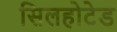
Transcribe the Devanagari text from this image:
सिलहोटेड